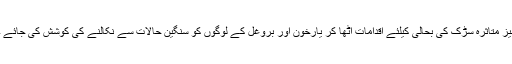
نیز متاثرہ سڑک کی بحالی کیلئے اقدامات اُٹھا کر یارخون اور بروغل کے لوگوں کو سنگین حالات سے نکالنے کی کوشش کی جائے ۔